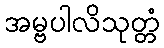
အမ္ဗပါလိသုတ္တံ